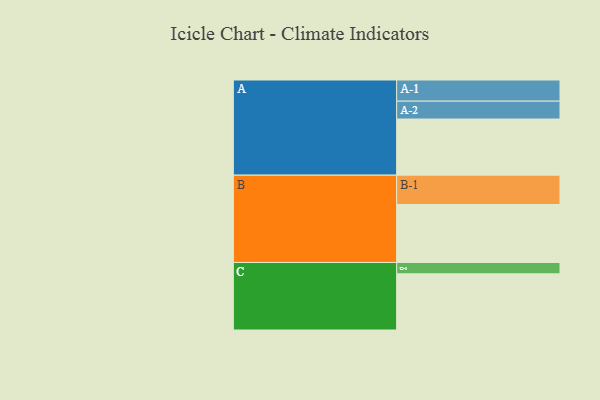
{"axis": {"x": "Segment", "y": "Value"}, "legend": ["", "A", "B", "C"], "data": [{"x": "A", "y": 534, "type": ""}, {"x": "B", "y": 551, "type": ""}, {"x": "C", "y": 534, "type": ""}, {"x": "A-1", "y": 201, "type": "A"}, {"x": "A-2", "y": 170, "type": "A"}, {"x": "B-1", "y": 279, "type": "B"}, {"x": "C-1", "y": 108, "type": "C"}]}